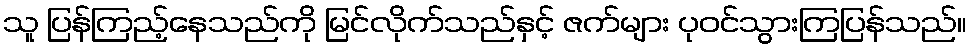
သူ ပြန်ကြည့်နေသည်ကို မြင်လိုက်သည်နှင့် ဇက်များ ပုဝင်သွားကြပြန်သည်။